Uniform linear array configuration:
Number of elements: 16
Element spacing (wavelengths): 0.25
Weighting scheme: hamming
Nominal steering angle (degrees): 45
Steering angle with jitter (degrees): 43.189
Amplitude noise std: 0.05
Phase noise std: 0.05

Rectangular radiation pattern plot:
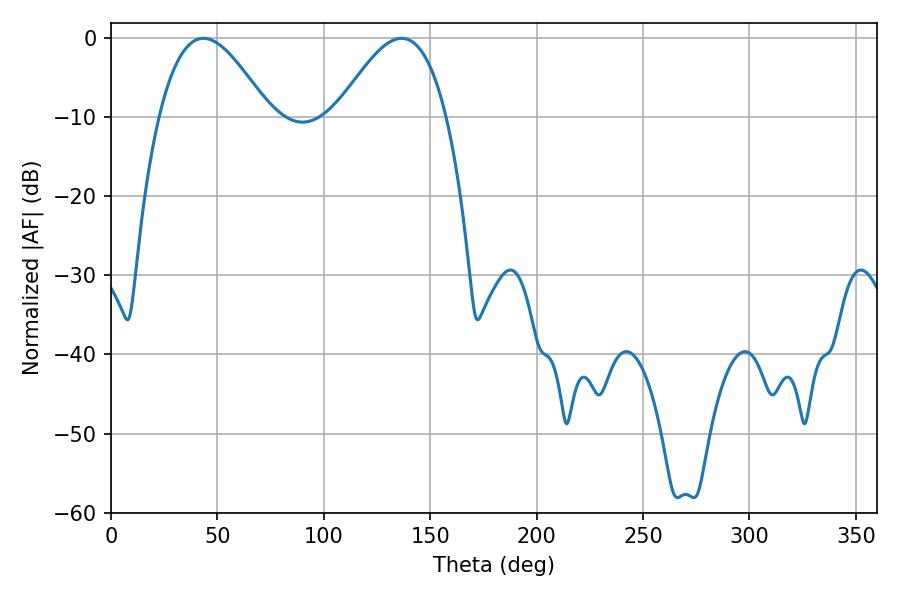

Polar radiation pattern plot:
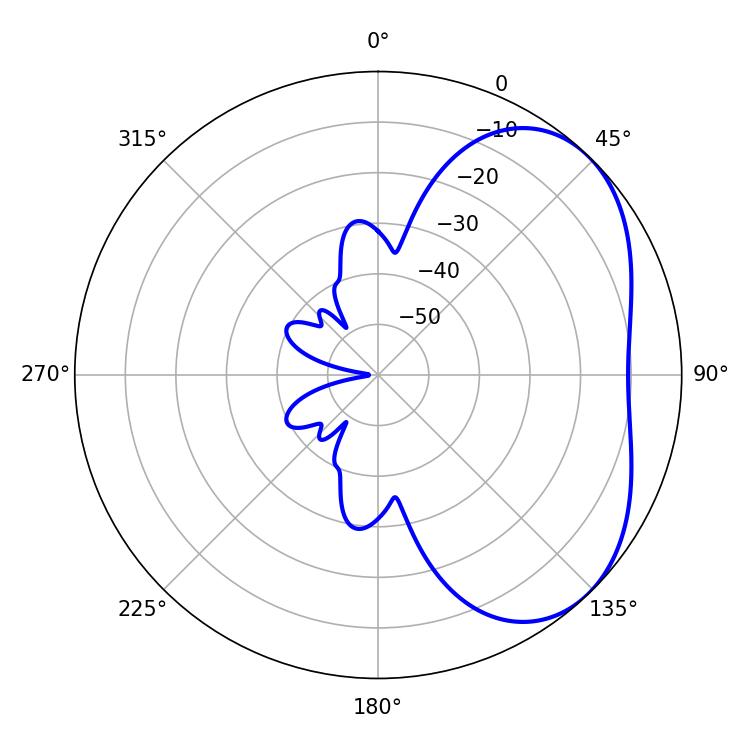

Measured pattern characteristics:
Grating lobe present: FALSE
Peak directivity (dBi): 4.026
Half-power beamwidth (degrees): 27.9
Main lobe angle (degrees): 43.38